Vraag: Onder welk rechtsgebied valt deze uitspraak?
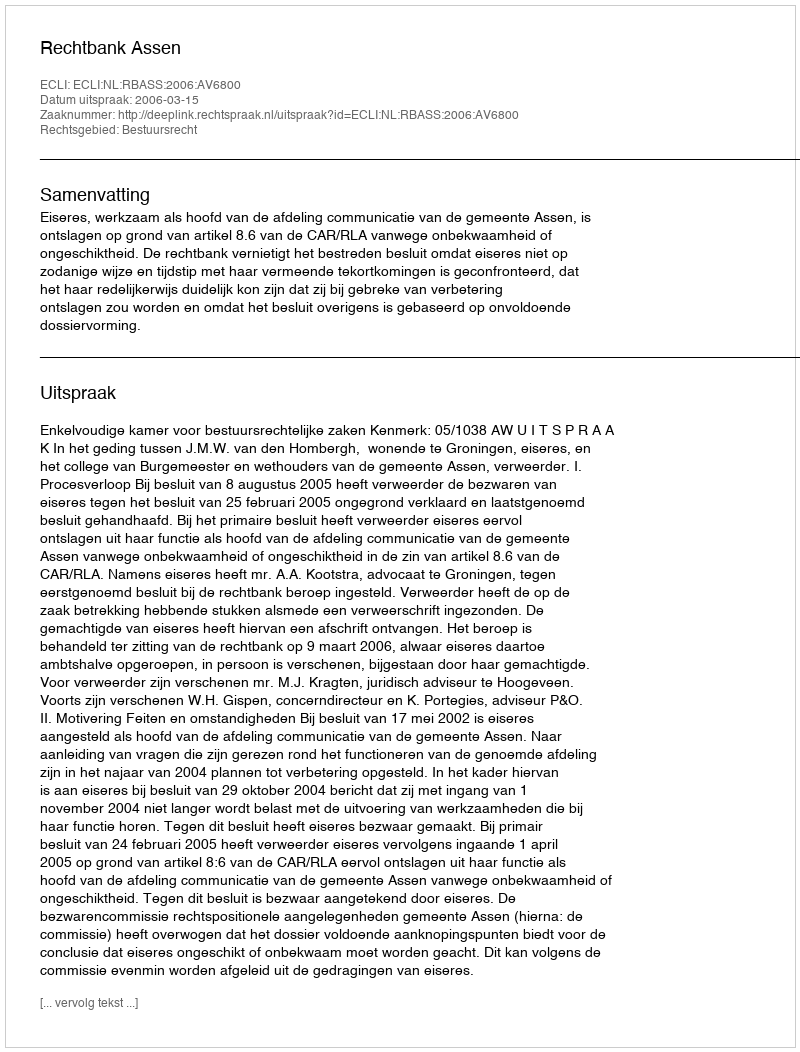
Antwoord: Bestuursrecht